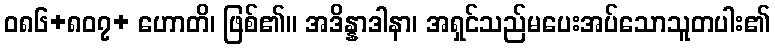
ဝ၈၆+၈၀၇+ ဟောတိ၊ ဖြစ်၏။ အဒိန္နာဒါနာ၊ အရှင်သည်မပေးအပ်သောသူတပါး၏